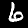
Label: 6